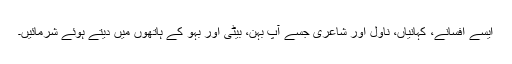
ایسے افسانے، کہانیاں، ناول اور شاعری جسے آپ بہن، بیٹی اور بہو کے ہاتھوں میں دیتے ہوئے شرمائیں۔